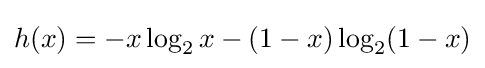
h(x)=-x\log _{2}x-(1-x)\log _{2}(1-x)